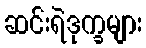
ဆင်းရဲဒုက္ခများ